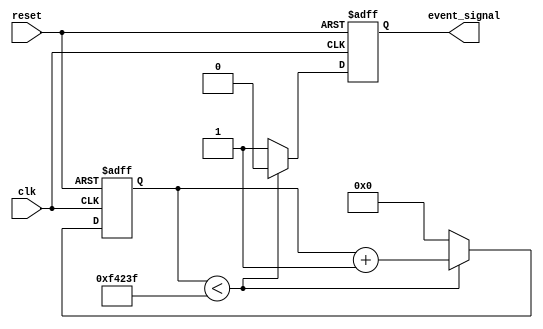
module timer_event_control #(
    parameter TIME_INTERVAL = 1000000  // Default time interval (in clock cycles)
)(
    input wire clk,                     // Clock signal
    input wire reset,                   // Asynchronous reset signal
    output reg event_signal             // Event signal output
);

    reg [31:0] counter;                 // Internal counter

    // Asynchronous reset and counter logic
    always @(posedge clk or posedge reset) begin
        if (reset) begin
            counter <= 0;                // Reset counter
            event_signal <= 1'b0;        // De-assert event signal
        end else begin
            if (counter < TIME_INTERVAL - 1) begin
                counter <= counter + 1;  // Increment counter
                event_signal <= 1'b0;    // Keep event signal low
            end else begin
                event_signal <= 1'b1;     // Assert event signal
                counter <= 0;             // Reset counter after event
            end
        end
    end

endmodule